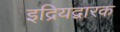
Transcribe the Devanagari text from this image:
इद्रियद्वारक